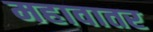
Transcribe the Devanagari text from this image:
महावातर